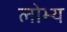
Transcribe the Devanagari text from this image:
लोभ्य